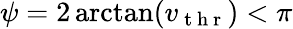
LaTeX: \psi=2\arctan(v_{\mathrm{~t~h~r~}})<\pi